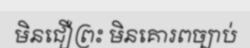
មិនជឿព្រះ មិនគោរពច្បាប់